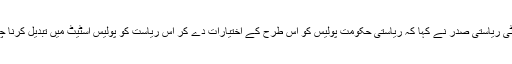
ویلفیر پارٹی ریاستی صدر نے کہا کہ ریاستی حکومت پولیس کو اس طرح کے اختیارات دے کر اس ریاست کو پولیس اسٹیٹ میں تبدیل کرنا چاہتی ہے ؟